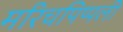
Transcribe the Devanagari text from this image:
मरिचपिप्पली